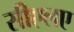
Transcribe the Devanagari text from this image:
सीएलए